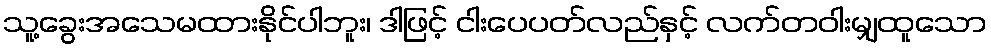
သူ့ခွေးအသေမထားနိုင်ပါဘူး၊ ဒါဖြင့် ငါးပေပတ်လည်နှင့် လက်တဝါးမျှထူသော